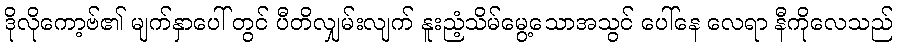
ဒိုလိုကော့ဗ်၏ မျက်နှာပေါ် တွင် ပီတိလျှမ်းလျက် နူးညံ့သိမ်မွေ့သောအသွင် ပေါ်နေ လေရာ နီကိုလေသည်